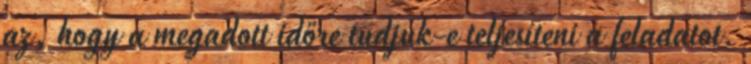
az, hogy a megadott időre tudjuk-e teljesíteni a feladatot.